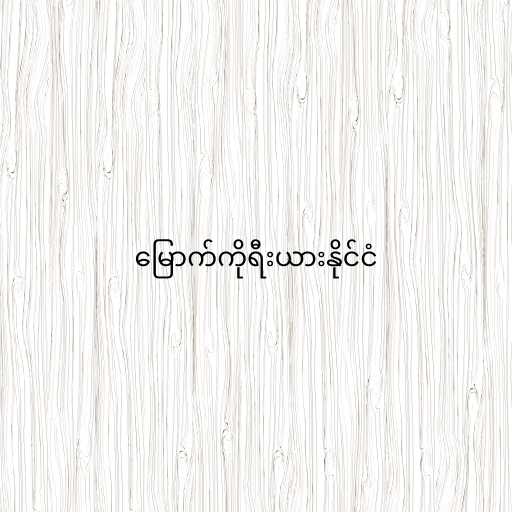
မြောက်ကိုရီးယားနိုင်ငံ